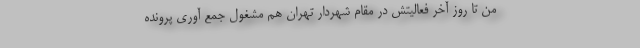
من تا روز آخر فعالیتش در مقام شهردار تهران هم مشغول جمع آوری پرونده